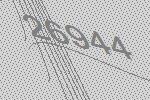
26944